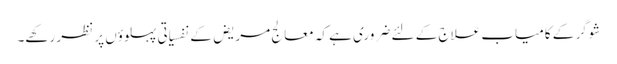
شوگر کے کامیاب علاج کے لئے ضروری ہے کہ معالج مریض کے نفسیاتی پہلوؤں پر نظر رکھے۔